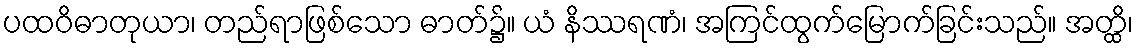
ပထဝိဓာတုယာ၊ တည်ရာဖြစ်သော ဓာတ်၌။ ယံ နိဿရဏံ၊ အကြင်ထွက်မြောက်ခြင်းသည်။ အတ္ထိ၊